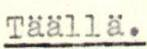
Täällä.